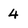
Character: 4